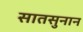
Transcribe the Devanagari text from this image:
सातसुनान